Annual report on the mental hospital in the Central Provinces and Berar (Nagpur) - 1927-1951
Year: 1927
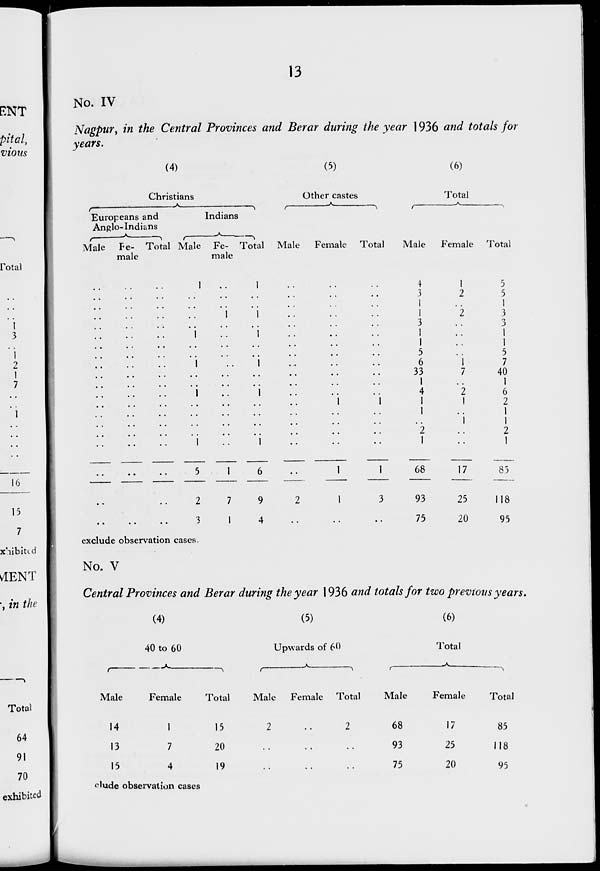
13
No. IV
Nagpur, in the Central Provinces and Berar during the year 1936 and totals for
years.
(4)
Christians
Europeans and
Anglo-Indians
Male
..
..
..
..
..
..
..
..
..
..
..
..
..
..
..
..
..
..
..
..
Fe-
male
..
..
..
..
..
..
..
..
..
..
..
..
..
..
..
..
..
..
..
..
Total
..
..
..
..
..
..
..
..
..
..
..
..
..
..
..
..
..
..
..
..
Indians
Male
1
..
..
..
..
1
..
..
1
..
..
1
..
..
..
..
1
5
2
3
Fe-
male
..
..
..
1
..
..
..
..
..
..
..
..
..
..
..
..
..
1
7
1
Total
1
..
..
1
..
1
..
..
1
..
..
1
..
..
..
..
1
6
9
4
(5)
Other castes
Male
..
..
..
..
..
..
..
..
..
..
..
..
..
..
..
..
..
..
2
..
Female
..
..
..
..
..
..
..
..
..
..
..
..
1
..
..
..
..
1
1
..
Total
..
..
..
..
..
..
..
..
..
..
..
..
1
..
..
..
..
1
3
..
(6)
Total
Male
4
3
1
1
3
1
1
5
6
33
1
4
1
1
..
2
1
68
93
75
Female
1
2
..
2
..
..
..
..
1
7
..
2
1
..
1
..
..
17
25
20
Total
5
5
1
3
3
1
1
5
7
40
1
6
2
1
1
2
1
85
118
95
exclude observation cases.
No. V
Central Provinces and Berar during the year 1936 and totals for two previous years.
(4)
40 to 60
Male
14
13
15
Female
1
7
4
Total
15
20
19
(5)
Upwards of 60
Male
2
..
..
Female
..
..
..
Total
2
..
..
(6)
Total
Male
68
93
75
Female
17
25
20
Total
85
118
95
clude observation cases